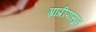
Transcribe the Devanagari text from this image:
ग्रांप्रीपासून